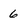
Character: 6